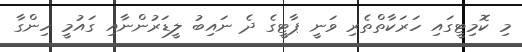
މި ކޮމިޓީގައި ހަރަކާތްތެރި ވަނީ ޕާޓީގެ ދެ ނައިބު ލީޑަރުންނާއި ގައުމީ ހިންގާ